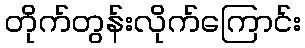
တိုက်တွန်းလိုက်ကြောင်း